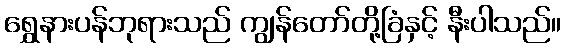
ရွှေနားပန်ဘုရားသည် ကျွန်တော်တို့ခြံနှင့် နီးပါသည်။